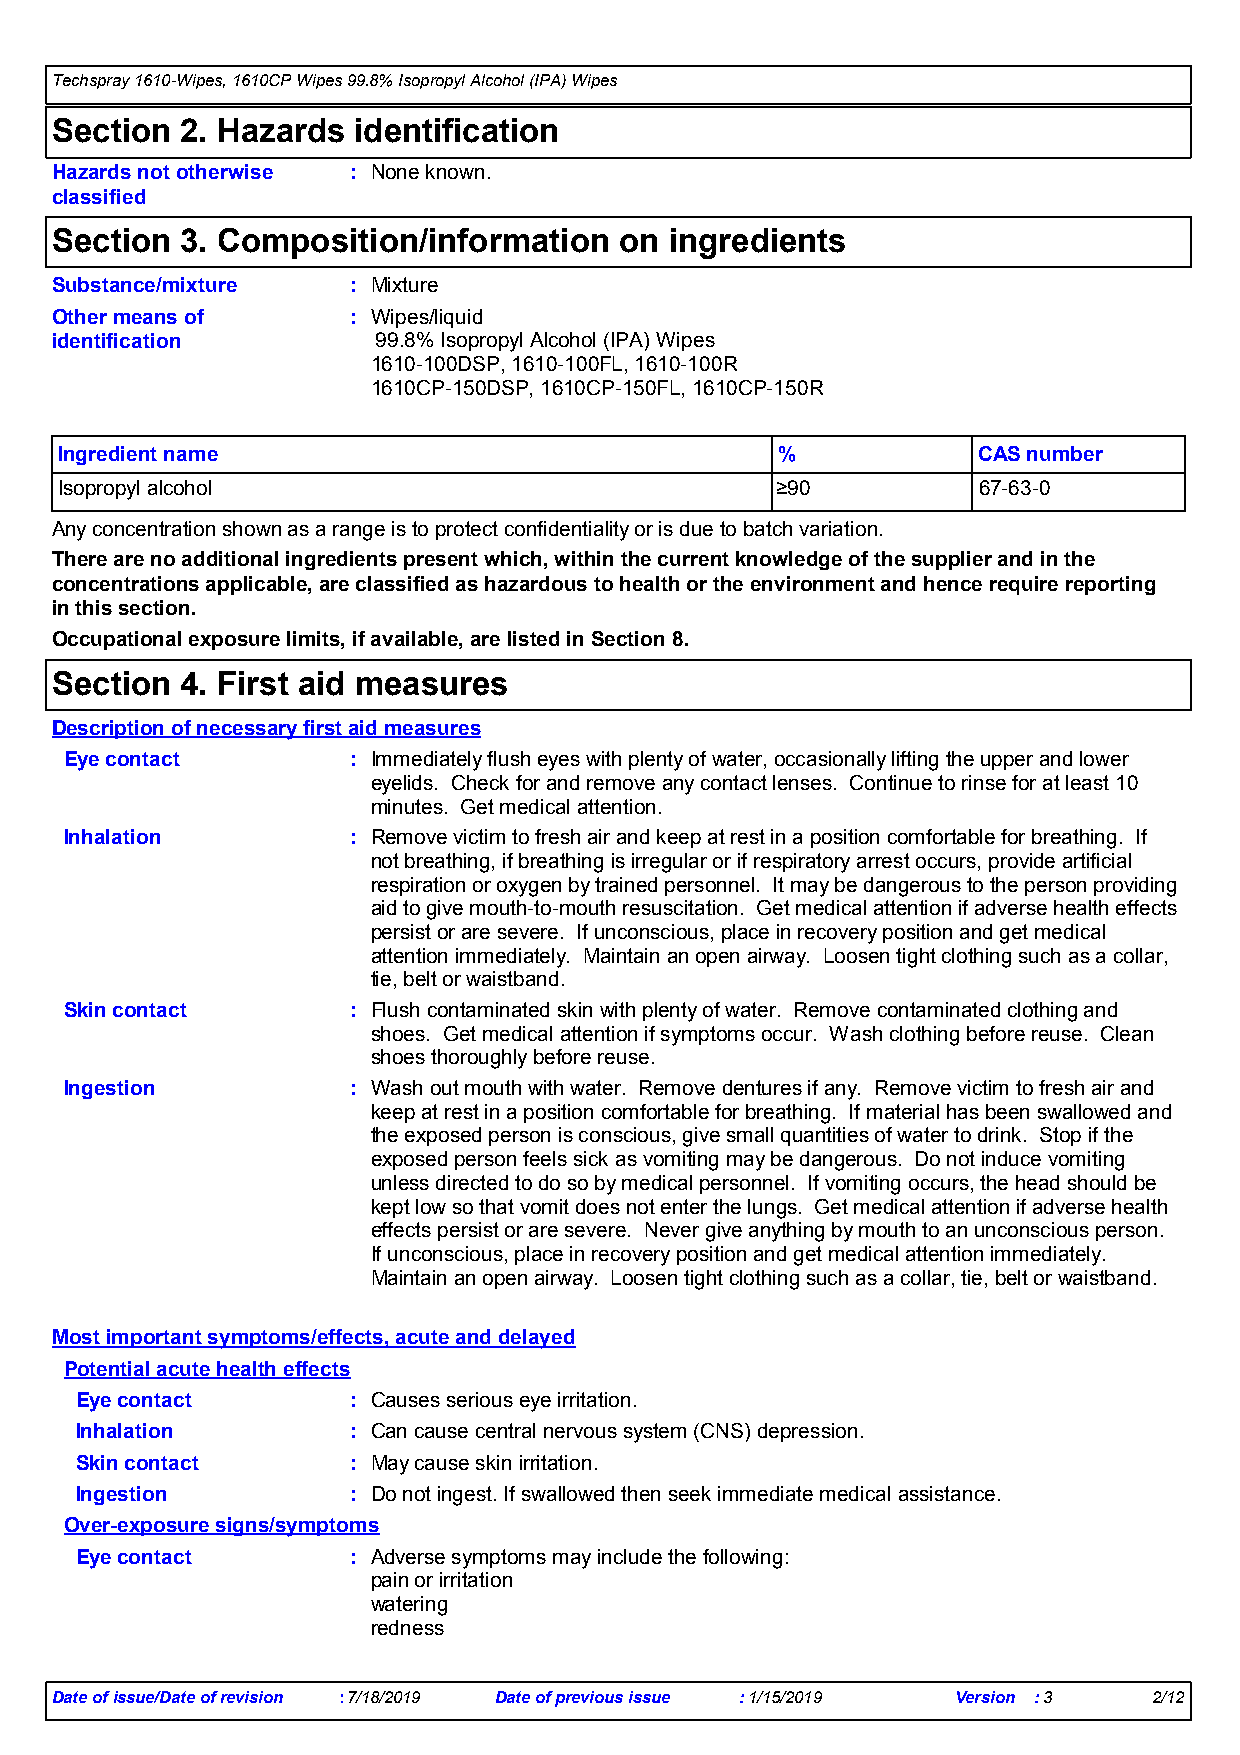
Techspray 1610-Wipes, 1610CP Wipes 99.8% Isopropyl Alcohol (IPA) Wipes
 Section  2. Hazards identification
 Hazards not otherwise : None known.
 classified
 Section  3. Composition/information   on ingredients
 Substance/mixture   : Mixture
 Other means of      : Wipes/liquid
 identification        99.8% Isopropyl Alcohol (IPA) Wipes
 1610-100DSP, 1610-100FL, 1610-100R
 1610CP-150DSP, 1610CP-150FL, 1610CP-150R
 Ingredient name                                %             CAS number
 Isopropyl alcohol                              ≥90           67-63-0
 Any concentration shown as a range is to protect confidentiality or is due to batch variation.
 There are no additional ingredients present which, within the current knowledge of the supplier and in the
 concentrations applicable, are classified as hazardous to health or the environment and hence require reporting
 in this section.
 Occupational exposure limits, if available, are listed in Section 8.
 Section  4. First aid measures
 Description of necessary first aid measures
 Eye contact        : Immediately flush eyes with plenty of water, occasionally lifting the upper and lower
 eyelids. Check for and remove any contact lenses. Continue to rinse for at least 10
 minutes. Get medical attention.
 Inhalation         : Remove victim to fresh air and keep at rest in a position comfortable for breathing. If
 not breathing, if breathing is irregular or if respiratory arrest occurs, provide artificial
 respiration or oxygen by trained personnel. It may be dangerous to the person providing
 aid to give mouth-to-mouth resuscitation. Get medical attention if adverse health effects
 persist or are severe. If unconscious, place in recovery position and get medical
 attention immediately. Maintain an open airway. Loosen tight clothing such as a collar,
 tie, belt or waistband.
 Skin contact       : Flush contaminated skin with plenty of water. Remove contaminated clothing and
 shoes. Get medical attention if symptoms occur. Wash clothing before reuse. Clean
 shoes thoroughly before reuse.
 Ingestion          : Wash out mouth with water. Remove dentures if any. Remove victim to fresh air and
 keep at rest in a position comfortable for breathing. If material has been swallowed and
 the exposed person is conscious, give small quantities of water to drink. Stop if the
 exposed person feels sick as vomiting may be dangerous. Do not induce vomiting
 unless directed to do so by medical personnel. If vomiting occurs, the head should be
 kept low so that vomit does not enter the lungs. Get medical attention if adverse health
 effects persist or are severe. Never give anything by mouth to an unconscious person.
 If unconscious, place in recovery position and get medical attention immediately.
 Maintain an open airway. Loosen tight clothing such as a collar, tie, belt or waistband.
 Most important symptoms/effects, acute and delayed
 Potential acute health effects
 Eye contact       : Causes serious eye irritation.
 Inhalation        : Can cause central nervous system (CNS) depression.
 Skin contact      : May cause skin irritation.
 Ingestion         : Do not ingest. If swallowed then seek immediate medical assistance.
 Over-exposure signs/symptoms
 Eye contact       : Adverse symptoms may include the following:
 pain or irritation
 watering
 redness
 Date of issue/Date of revision :7/18/2019 Date of previous issue :1/15/2019 Version :3 2/12